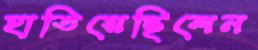
হাতিয়েছিলেন